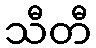
သီတီ